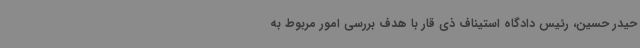
حیدر حسین، رئیس دادگاه استیناف ذی قار با هدف بررسی امور مربوط به